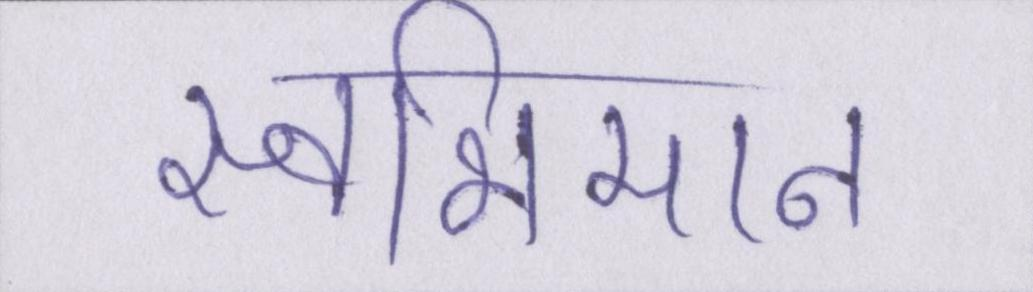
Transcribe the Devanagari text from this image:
स्वाभिमान